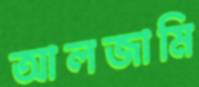
আলজামি